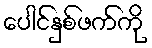
ပေါင်နှစ်ဖက်ကို